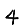
Digit: 4